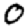
Digit: 0